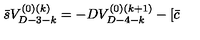
\bar { s } V _ { D - 3 - k } ^ { ( 0 ) ( k ) } = - D V _ { D - 4 - k } ^ { ( 0 ) ( k + 1 ) } - [ \bar { c }